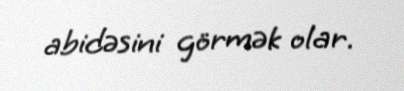
abidəsini görmək olar.